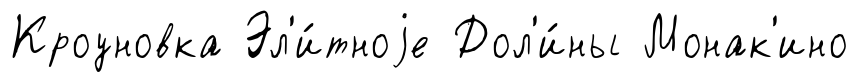
Кроуновка Эл'и́тноjе Дол'и́ны Монак'ино